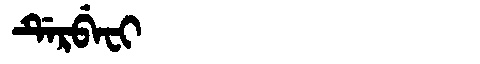
Manchu: ᡩᡝᡵᠪᡝᠸᡳ
Romanization: DERBEFI